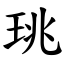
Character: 珧